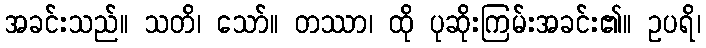
အခင်းသည်။ သတိ၊ သော်။ တဿာ၊ ထို ပုဆိုးကြမ်းအခင်း၏။ ဥပရိ၊